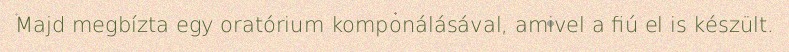
Majd megbízta egy oratórium komponálásával, amivel a fiú el is készült.